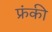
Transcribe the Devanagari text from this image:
फ्रंकी